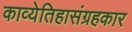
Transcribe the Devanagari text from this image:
काव्येतिहासंग्रहकार